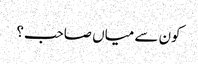
کون سے میاں صاحب؟